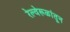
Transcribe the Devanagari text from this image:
रेल्वेरूळांतून